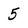
Character: 5